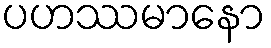
ပဟဿမာနော